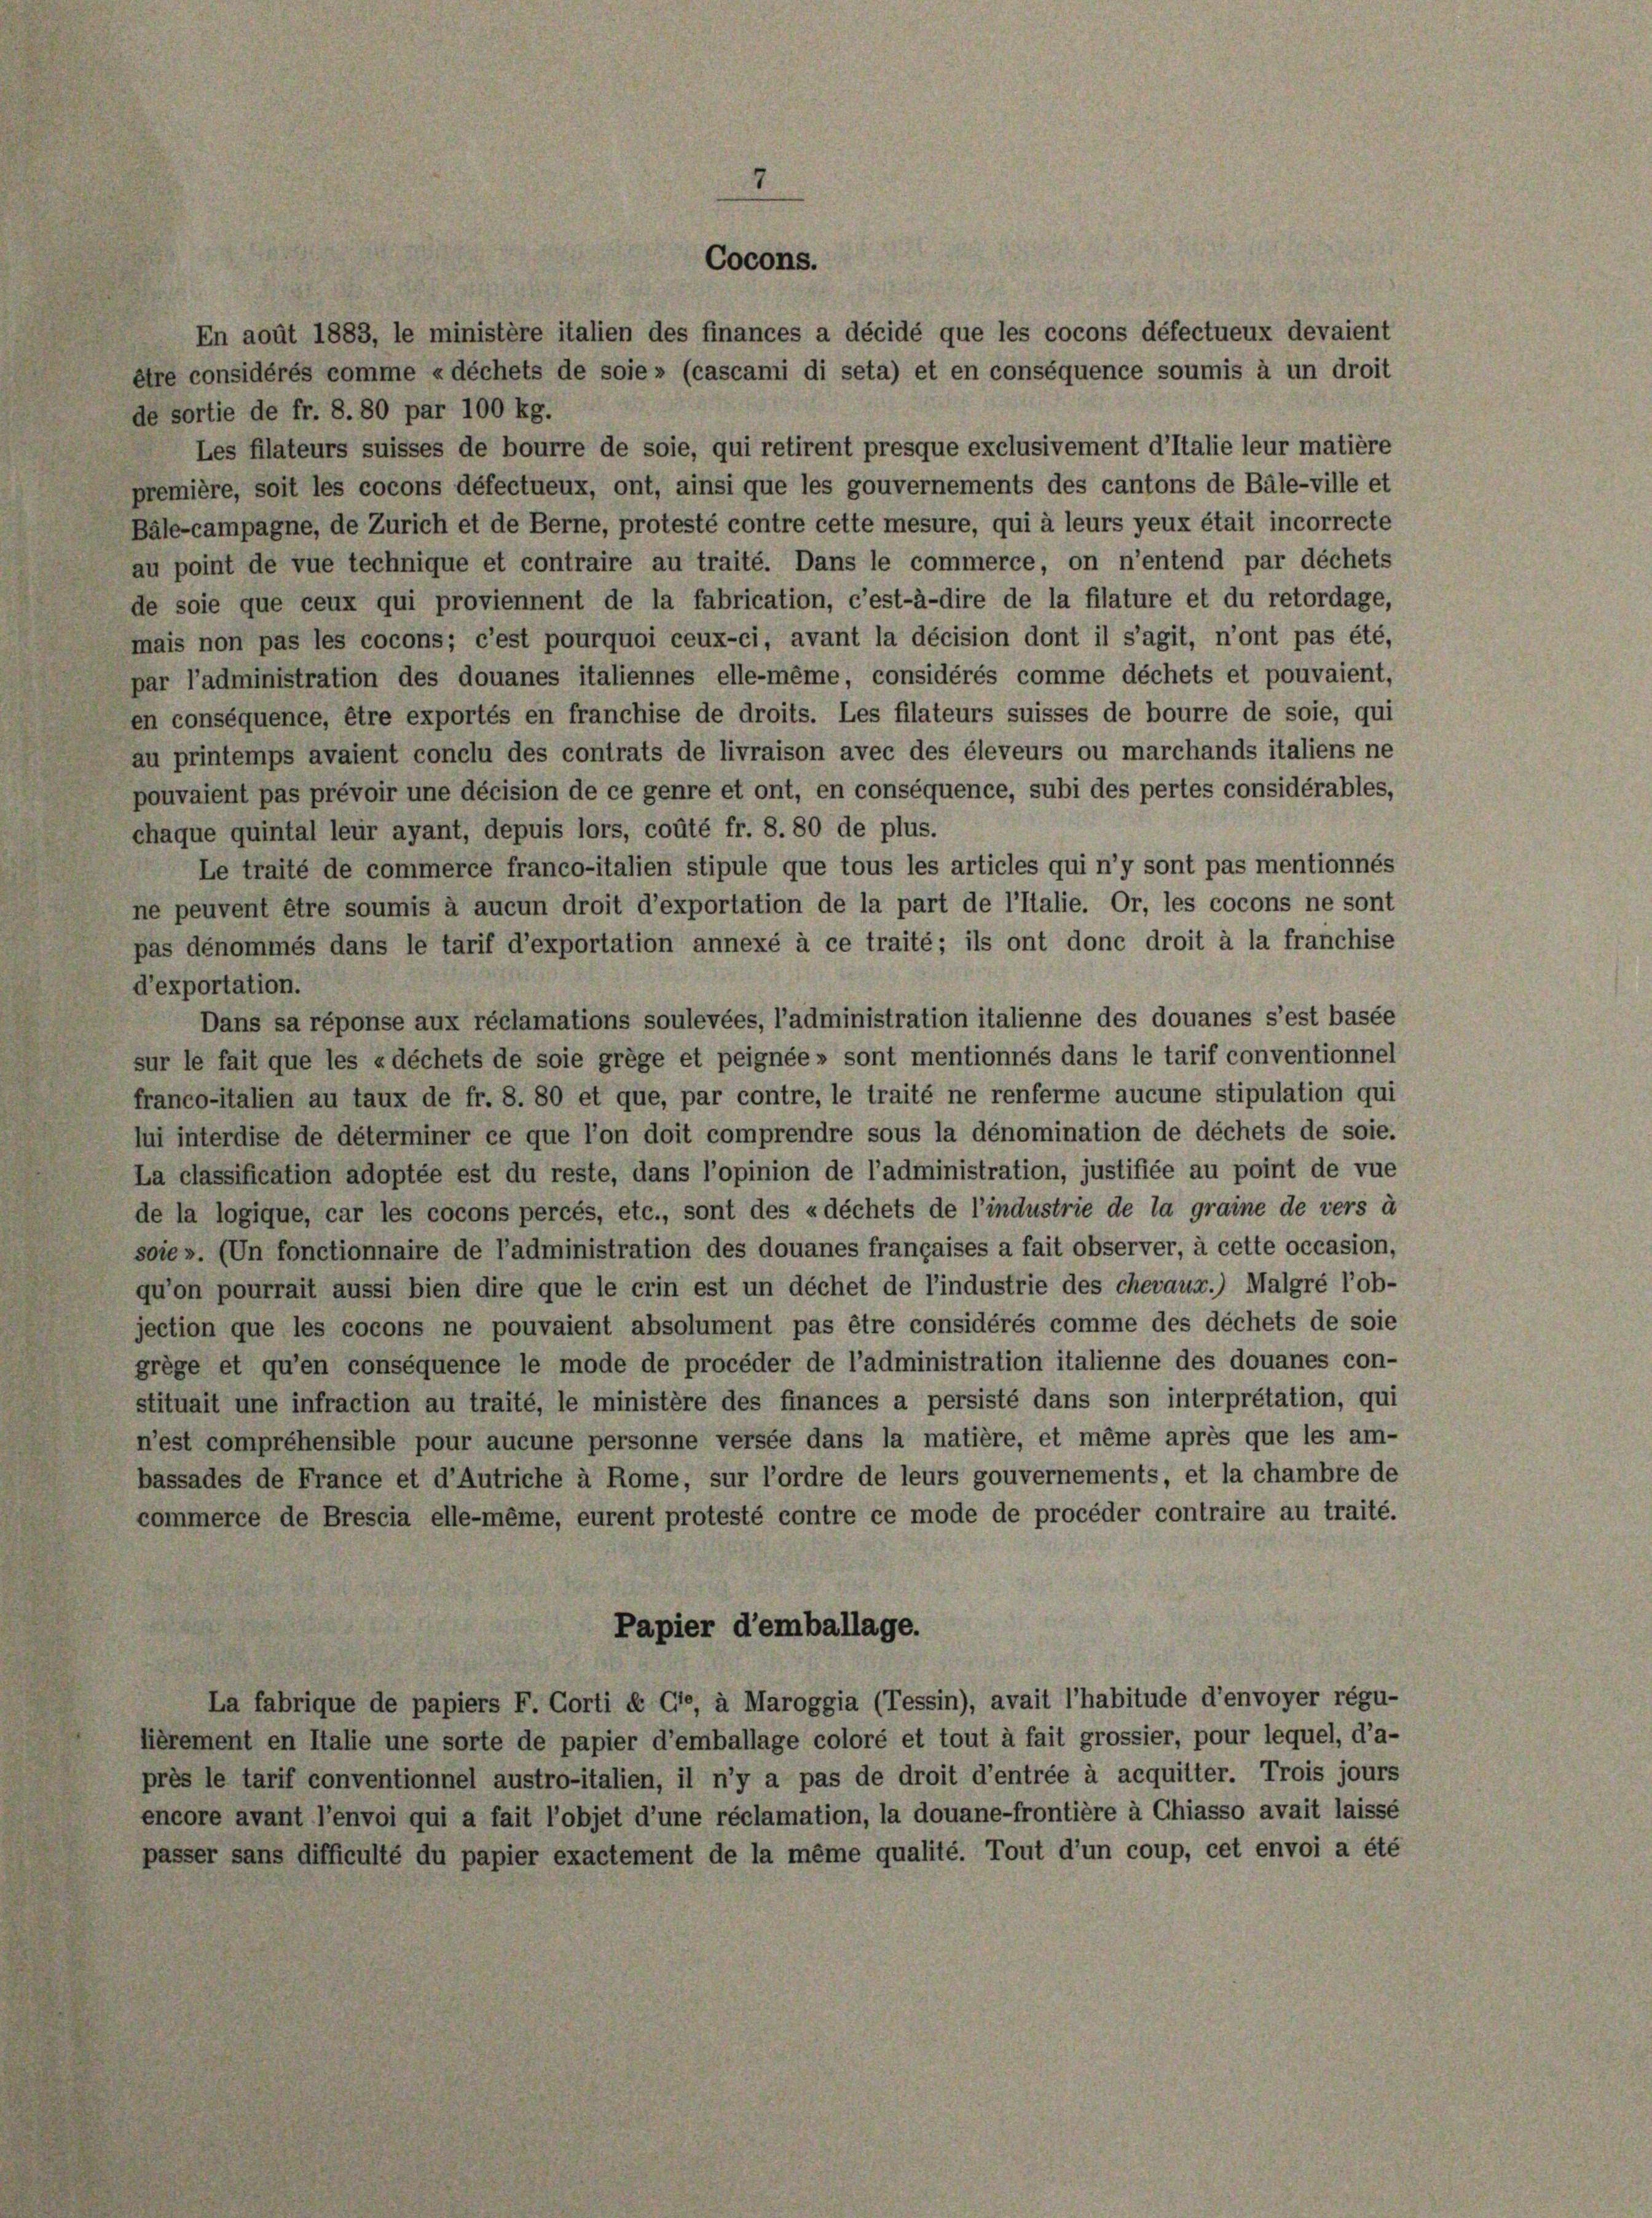
7

Cocons.

En août 1883, le ministère italien des finances a décidé que les cocons défectueux devaient
être considérés comme « déchets de soie» (cascami di seta) et en conséquence soumis à un droit
de sortie de fr. 8. 80 par 100 kg.
Les filateurs suisses de bourre de soie, qui retirent presque exclusivement d’Italie leur matière
première, soit les cocons défectueux, ont, ainsi que les gouvernements des cantons de Bäle-ville et
Bäle-campagne, de Zürich et de Berne, protesté contre cette mesure, qui à leurs yeux était incorrecte
au point de vue technique et contraire au traité. Dans le commerce, on n’entend par déchets
de soie que ceux qui proviennent de la fabrication, c’est-à-dire de la filature et du retordage,
mais non pas les cocons; c’est pourquoi ceux-ci, avant la décision dont il s’agit, n’ont pas été,
par l’administration des douanes italiennes elle-même, considérés comme déchets et pouvaient,
en conséquence, être exportés en franchise de droits. Les filateurs suisses de bourre de soie, qui
au printemps avaient conclu des contrats de livraison avec des éleveurs ou marchands italiens ne
pouvaient pas prévoir une décision de ce genre et ont, en conséquence, subi des pertes considérables,
chaque quintal leur ayant, depuis lors, coûté fr. 8. 80 de plus.
Le traité de commerce franco-italien stipule que tous les articles qui n’y sont pas mentionnés
ne peuvent être soumis à aucun droit d’exportation de la part de l’Italie. Or, les cocons ne sont
pas dénommés dans le tarif d’exportation annexé à ce traité; ils ont donc droit à la franchise
d’exportation.
Dans sa réponse aux réclamations soulevées, l’administration italienne des douanes s’est basée
sur le fait que les «déchets de soie grège et peignée » sont mentionnés dans le tarif conventionnel
franco-italien au taux de fr. 8. 80 et que, par contre, le traité ne renferme aucune stipulation qui
lui interdise de déterminer ce que l’on doit comprendre sous la dénomination de déchets de soie.
La classification adoptée est du reste, dans l’opinion de l’administration, justifiée au point de vue
de la logique, car les cocons percés, etc., sont des «déchets de l’industrie de la graine de vers à
soie ». (Un fonctionnaire de l’administration des douanes françaises a fait observer, à cette occasion,
qu’on pourrait aussi bien dire que le crin est un déchet de l’industrie des chevaux.) Malgré l’ob-
jection que les cocons ne pouvaient absolument pas être considérés comme des déchets de soie
grège et qu’en conséquence le mode de procéder de l’administration italienne des douanes con-
stituait une infraction au traité, le ministère des finances a persisté dans son interpretation, qui
n’est comprehensible pour aucune personne versée dans la matière, et même après que les am-
bassades de France et d’Autriche à Rome, sur l’ordre de leurs gouvernements, et la chambre de
commerce de Brescia elle-même, eurent protesté contre ce mode de procéder contraire au traité.
Papier d’emballage.
La fabrique de papiers F. Corti & Cie, à Maroggia (Tessin), avait l’habitude d’envoyer régu-
lièrement en Italie une sorte de papier d’emballage coloré et tout à fait grossier, pour lequel, d’a-
près le tarif conventionnel austro-italien, il n’y a pas de droit d’entrée à acquitter. Trois jours
encore avant l’envoi qui a fait l’objet d’une réclamation, la douane-frontière à Chiasso avait laissé
passer sans difficulté du papier exactement de la même qualité. Tout d’un coup, cet envoi a été